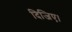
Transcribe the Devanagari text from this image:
दिजिए।